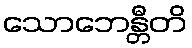
သောဘေန္တီတိ